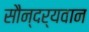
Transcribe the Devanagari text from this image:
सौन्दर्यवान